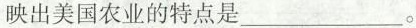
映出美国农业的特点是___。